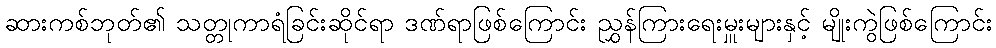
ဆားကစ်ဘုတ်၏ သတ္တုကာရံခြင်းဆိုင်ရာ ဒဏ်ရာဖြစ်ကြောင်း ညွှန်ကြားရေးမှူးများနှင့် မျိုးကွဲဖြစ်ကြောင်း